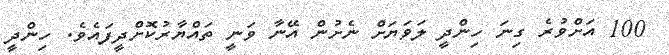
100 އަށްވުރެ ގިނަ ހިންދީ ލަވަޔަށް ނެށުން އޭނާ ވަނީ ތައްޔާރުކޮށްދީފައެވެ. ހިންދީ